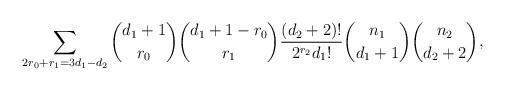
LaTeX: \begin{align*}\sum_{2r_0+r_1=3d_1-d_2} {d_1+1 \choose r_0} {d_1+1-r_0 \choose r_1} \frac{(d_2+2)!}{2^{r_2}d_1!} {n_1 \choose d_1+1} {n_2 \choose d_2+2} ,\end{align*}